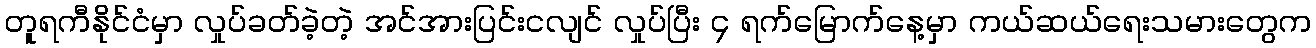
တူရကီနိုင်ငံမှာ လှုပ်ခတ်ခဲ့တဲ့ အင်အားပြင်းငလျင် လှုပ်ပြီး ၄ ရက်မြောက်နေ့မှာ ကယ်ဆယ်ရေးသမားတွေက